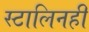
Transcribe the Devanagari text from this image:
स्टालिनही